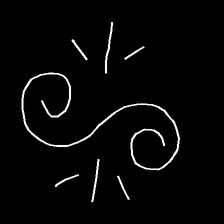
Glyph: wind-directs-air